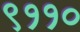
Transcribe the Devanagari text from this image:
९११०